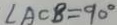
\angle A C B = 9 0 ^ { \circ }